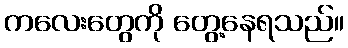
ကလေးတွေကို တွေ့နေရသည်။